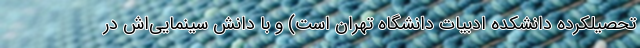
تحصيلکرده دانشکده ادبيات دانشگاه تهران است) و با دانش سينمايي‌اش در